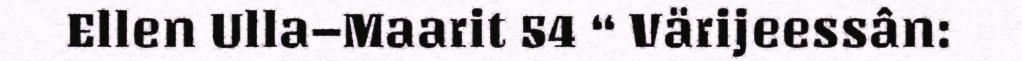
Ellen Ulla–Maarit 54 “ Värijeessân: